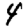
Digit: 4